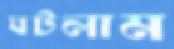
ঘটলাম